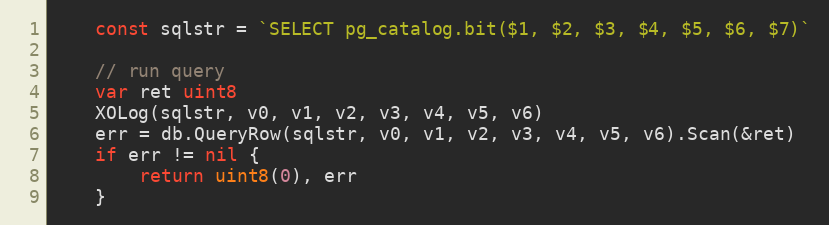
Language: Go
	const sqlstr = `SELECT pg_catalog.bit($1, $2, $3, $4, $5, $6, $7)`

	// run query
	var ret uint8
	XOLog(sqlstr, v0, v1, v2, v3, v4, v5, v6)
	err = db.QueryRow(sqlstr, v0, v1, v2, v3, v4, v5, v6).Scan(&ret)
	if err != nil {
		return uint8(0), err
	}